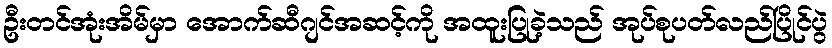
ဦးတင်အုံးအိမ်မှာ အောက်ဆီဂျင်အဆင့်ကို အထူးပြုခဲ့သည် အုပ်စုပတ်လည်ပြိုင်ပွဲ